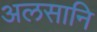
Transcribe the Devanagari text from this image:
अलसानि